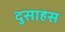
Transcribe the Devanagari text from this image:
दुसाहस